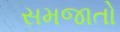
સમજાતો